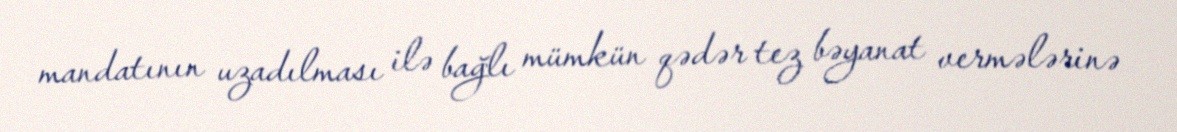
mandatının uzadılması ilə bağlı mümkün qədər tez bəyanat vermələrinə